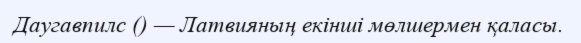
Даугавпилс () — Латвияның екінші мөлшермен қаласы.